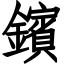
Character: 鑌